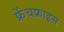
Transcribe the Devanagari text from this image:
फ्रेंचफ्राइस